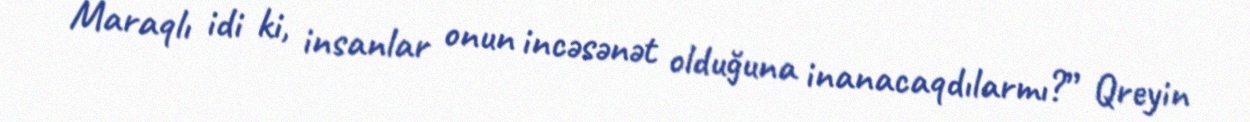
Maraqlı idi ki, insanlar onun incəsənət olduğuna inanacaqdılarmı?” Qreyin